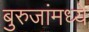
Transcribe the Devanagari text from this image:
बुरुजांमध्ये